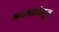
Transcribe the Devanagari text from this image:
अवयवांतून